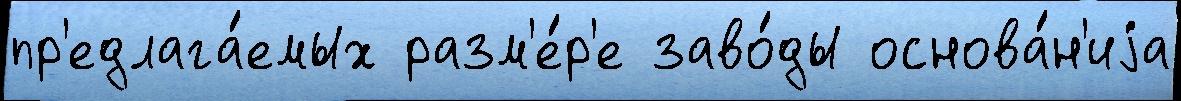
пр'едлага́емых разм'е́р'е заво́ды основа́н'иjа